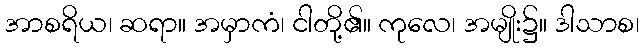
အာစရိယ၊ ဆရာ။ အမှာကံ၊ ငါတို့၏။ ကုလေ၊ အမျိုး၌။ ဒါသာစ၊